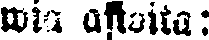
wia asioita